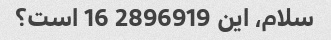
سلام، این 2896919 16 است؟